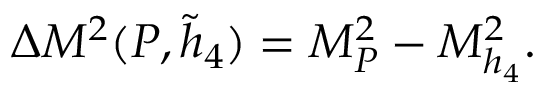
\Delta M ^ { 2 } ( P , \tilde { h } _ { 4 } ) = M _ { P } ^ { 2 } - M _ { h _ { 4 } } ^ { 2 } .